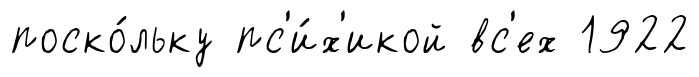
поско́льку пс'и́х'икой вс'ех 1922